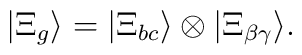
|\Xi_g\rangle =|\Xi_{bc} \rangle \otimes |\Xi_{\beta\gamma} \rangle.